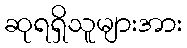
ဆုရရှိသူများအား